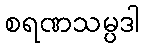
စရဏသမ္ပဒါ